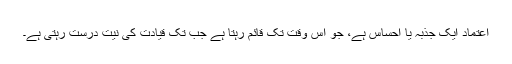
اعتماد ایک جذبہ یا احساس ہے، جو اس وقت تک قائم رہتا ہے جب تک قیادت کی نیت درست رہتی ہے۔